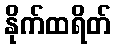
နိုက်ထရိတ်